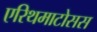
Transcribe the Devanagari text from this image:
एरिथमाटोसस